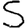
Digit: 5